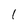
Character: l